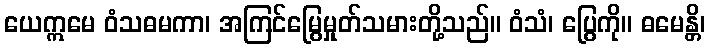
ယေဣမေ ဝံသဓမကာ၊ အကြင်မြွေမှုတ်သမားတို့သည်။ ဝံသံ၊ ပြွေကို။ ဓမေန္တိ၊